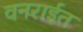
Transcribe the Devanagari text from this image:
वनराईत